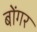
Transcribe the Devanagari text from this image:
बोंगर